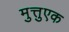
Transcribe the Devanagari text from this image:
मुत्तुएक